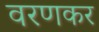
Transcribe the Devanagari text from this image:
वरणकर